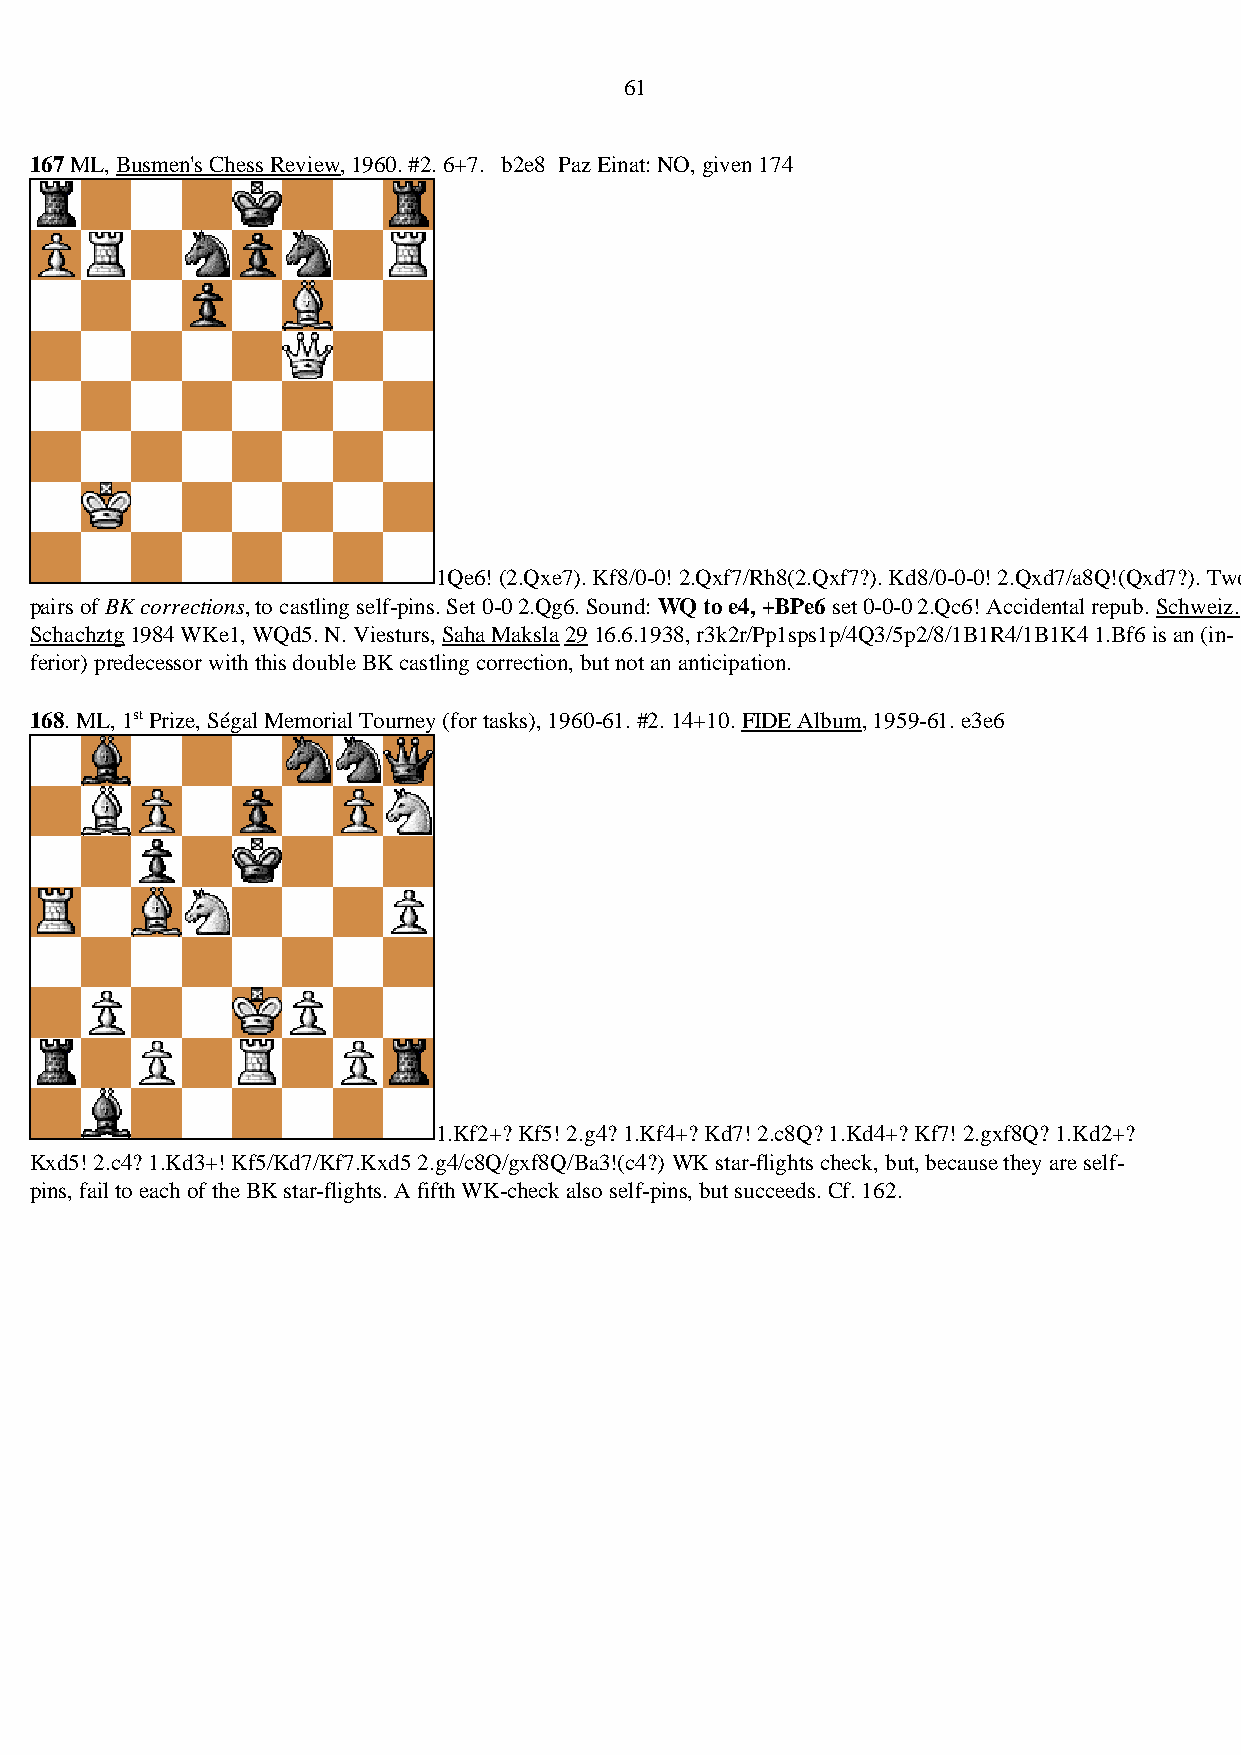
61
 167 ML, Busmen's Chess Review, 1960. #2. 6+7. b2e8 Paz Einat: NO, given 174
 1Qe6! (2.Qxe7). Kf8/0-0! 2.Qxf7/Rh8(2.Qxf7?). Kd8/0-0-0! 2.Qxd7/a8Q!(Qxd7?). Two
 pairs of BK corrections, to castling self-pins. Set 0-0 2.Qg6. Sound: WQ to e4, +BPe6 set 0-0-0 2.Qc6! Accidental repub. Schweiz.
 Schachztg 1984 WKe1, WQd5. N. Viesturs, Saha Maksla 29 16.6.1938, r3k2r/Pp1sps1p/4Q3/5p2/8/1B1R4/1B1K4 1.Bf6 is an (in-
 ferior) predecessor with this double BK castling correction, but not an anticipation.
 168. ML, 1st Prize, Ségal Memorial Tourney (for tasks), 1960-61. #2. 14+10. FIDE Album, 1959-61. e3e6
 1.Kf2+? Kf5! 2.g4? 1.Kf4+? Kd7! 2.c8Q? 1.Kd4+? Kf7! 2.gxf8Q? 1.Kd2+?
 Kxd5! 2.c4? 1.Kd3+! Kf5/Kd7/Kf7.Kxd5 2.g4/c8Q/gxf8Q/Ba3!(c4?) WK star-flights check, but, because they are self-
 pins, fail to each of the BK star-flights. A fifth WK-check also self-pins, but succeeds. Cf. 162.